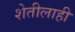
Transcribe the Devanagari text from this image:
शेतीलाही